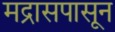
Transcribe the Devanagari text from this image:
मद्रासपासून